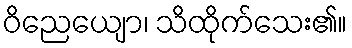
ဝိညေယျော၊ သိထိုက်သေး၏။